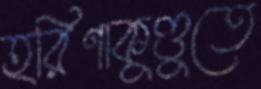
হরিণাকুণ্ডুতে